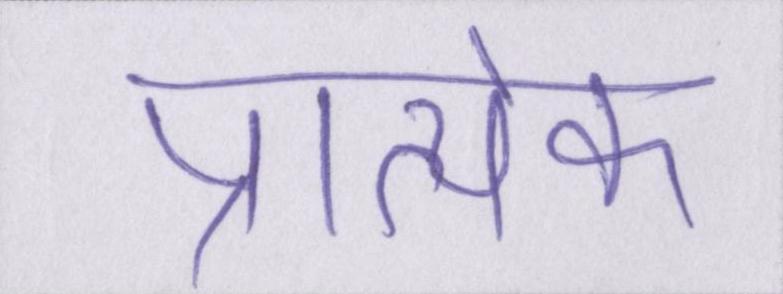
प्रात्येक